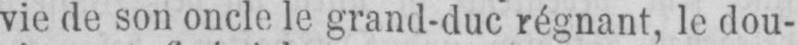
vie de son oncle le grand-duc régnant, le dou-